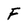
Character: F